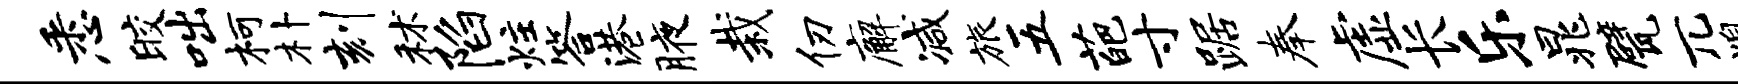
悉皎咄柯朴刻秫陷炷答港腋栽仞廨减旅五葩寸踞奉虚长乐晁甓兀熄